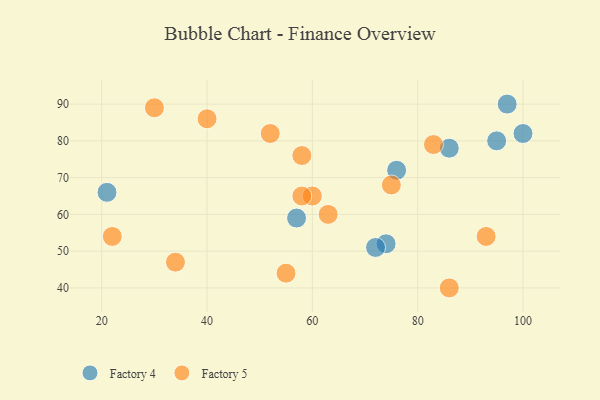
{"axis": {"x": "GDP", "y": "Life Expectancy"}, "legend": ["Factory 4", "Factory 5"], "data": [{"x": "74", "y": 52, "type": "Factory 4"}, {"x": "72", "y": 51, "type": "Factory 4"}, {"x": "100", "y": 82, "type": "Factory 4"}, {"x": "57", "y": 59, "type": "Factory 4"}, {"x": "95", "y": 80, "type": "Factory 4"}, {"x": "76", "y": 72, "type": "Factory 4"}, {"x": "21", "y": 66, "type": "Factory 4"}, {"x": "86", "y": 78, "type": "Factory 4"}, {"x": "97", "y": 90, "type": "Factory 4"}, {"x": "55", "y": 44, "type": "Factory 5"}, {"x": "58", "y": 76, "type": "Factory 5"}, {"x": "86", "y": 40, "type": "Factory 5"}, {"x": "63", "y": 60, "type": "Factory 5"}, {"x": "52", "y": 82, "type": "Factory 5"}, {"x": "22", "y": 54, "type": "Factory 5"}, {"x": "60", "y": 65, "type": "Factory 5"}, {"x": "30", "y": 89, "type": "Factory 5"}, {"x": "83", "y": 79, "type": "Factory 5"}, {"x": "93", "y": 54, "type": "Factory 5"}, {"x": "75", "y": 68, "type": "Factory 5"}, {"x": "58", "y": 65, "type": "Factory 5"}, {"x": "40", "y": 86, "type": "Factory 5"}, {"x": "34", "y": 47, "type": "Factory 5"}]}